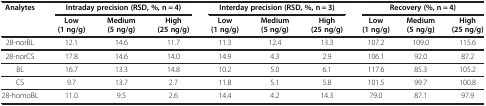
<table><thead><tr><td rowspan="2"><b>Analytes</b></td><td colspan="3"><b>Intraday precision (RSD, %, n = 4)</b></td><td colspan="3"><b>Interday precision (RSD, %, n = 3)</b></td><td colspan="3"><b>Recovery (%, n = 4)</b></td></tr><tr><td><b>Low (1 ng/g)</b></td><td><b>Medium (5 ng/g)</b></td><td><b>High (25 ng/g)</b></td><td><b>Low (1 ng/g)</b></td><td><b>Medium (5 ng/g)</b></td><td><b>High (25 ng/g)</b></td><td><b>Low (1 ng/g)</b></td><td><b>Medium (5 ng/g)</b></td><td><b>High (25 ng/g)</b></td></tr></thead><tbody><tr><td>28-norBL</td><td>12.1</td><td>14.6</td><td>11.7</td><td>11.3</td><td>12.4</td><td>13.3</td><td>107.2</td><td>109.0</td><td>115.6</td></tr><tr><td>28-norCS</td><td>17.8</td><td>14.6</td><td>14.0</td><td>14.9</td><td>4.3</td><td>2.9</td><td>106.1</td><td>92.0</td><td>87.2</td></tr><tr><td>BL</td><td>16.7</td><td>13.3</td><td>14.8</td><td>10.2</td><td>5.0</td><td>6.1</td><td>117.6</td><td>85.3</td><td>105.2</td></tr><tr><td>CS</td><td>9.7</td><td>13.7</td><td>2.7</td><td>11.8</td><td>5.1</td><td>5.8</td><td>101.5</td><td>99.7</td><td>100.8</td></tr><tr><td>28-homoBL</td><td>11.0</td><td>9.5</td><td>2.6</td><td>14.4</td><td>4.2</td><td>14.3</td><td>79.0</td><td>87.1</td><td>97.9</td></tr></tbody></table>